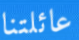
عائلتنا